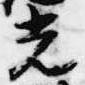
光